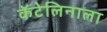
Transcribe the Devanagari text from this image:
कॅटेलिनाला